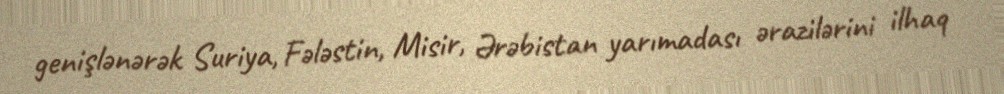
genişlənərək Suriya, Fələstin, Misir, Ərəbistan yarımadası ərazilərini ilhaq